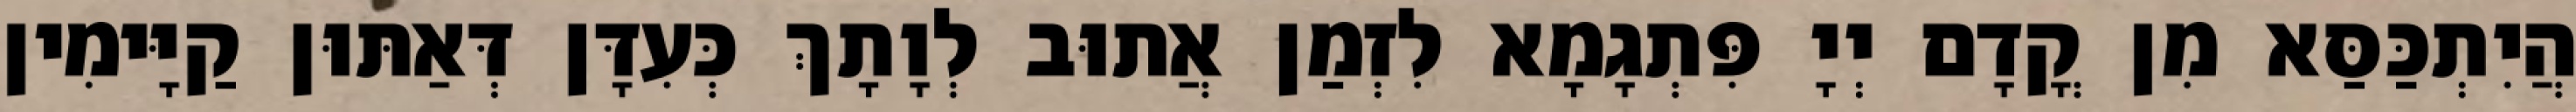
הֲיִתְכַּסַּא מִן קֳדָם יְיָ פִּתְגָמָא לִזְמַן אֲתוּב לְוָתָךְ כְּעִדָּן דְּאַתּוּן קַיָּימִין